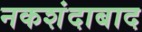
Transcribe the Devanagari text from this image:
नकशंदाबाद